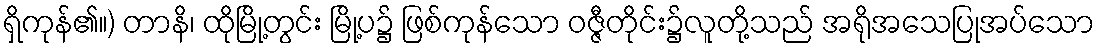
ရှိကုန်၏။) တာနိ၊ ထိုမြို့တွင်း မြို့ပ၌ ဖြစ်ကုန်သော ဝဇ္ဇီတိုင်း၌လူတို့သည် အရိုအသေပြုအပ်သော